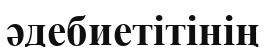
әдебиетітінің